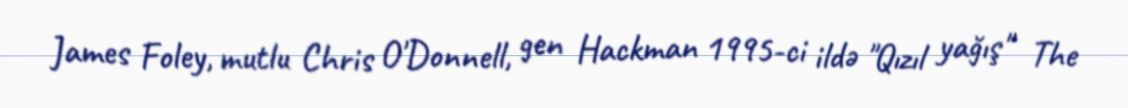
James Foley, mutlu Chris O'Donnell, gen Hackman 1995-ci ildə "Qızıl yağış" The